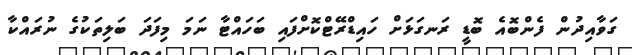
ގަވާއިދުން ފެންބޮއެ ބޮޑީ ރަނގަޅަށް ހައިޑްރޭޓްކޮށްފައި ބަހައްޓާ ނަމަ މިފަދަ ބަލިތަކުގެ ނުރައްކާ